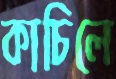
কাচিলে